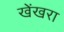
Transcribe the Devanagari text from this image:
खेंखरा